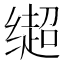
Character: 𬙄